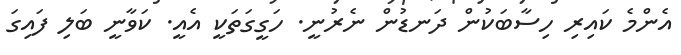
އެންމެ ކައިރި ހިސާބަކުން ދަނޑުން ނެރުނީ. ހަގީގަތަކީ އެއީ. ކަވާނީ ބަލި ފައިގަ